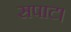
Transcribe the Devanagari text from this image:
सपाट।